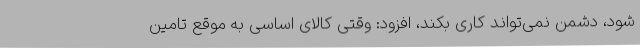
شود، دشمن نمی‌تواند کاری بکند، افزود: وقتی کالای اساسی به موقع تامین